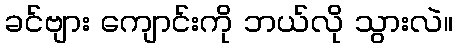
ခင်ဗျား ကျောင်းကို ဘယ်လို သွားလဲ။